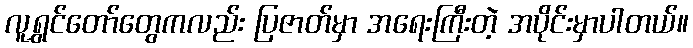
လူရွှင်တော်တွေကလည်း ပြဇာတ်မှာ အရေးကြီးတဲ့ အပိုင်းမှာပါတယ်။